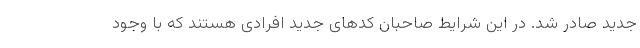
جدید صادر شد. در این شرایط صاحبان کدهای جدید افرادی هستند که با وجود